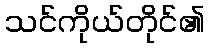
သင်ကိုယ်တိုင်၏